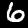
Label: 6